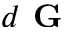
d \textbf { G }